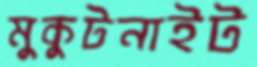
মুকুটনাইট